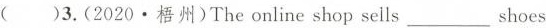
( )3.(2020.梧州)The online shop sells___shoes